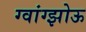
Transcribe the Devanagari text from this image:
ग्वांग्झोऊ